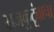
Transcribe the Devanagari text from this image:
राजकुटूंबाचा